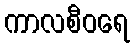
ကာလစီဝရေ